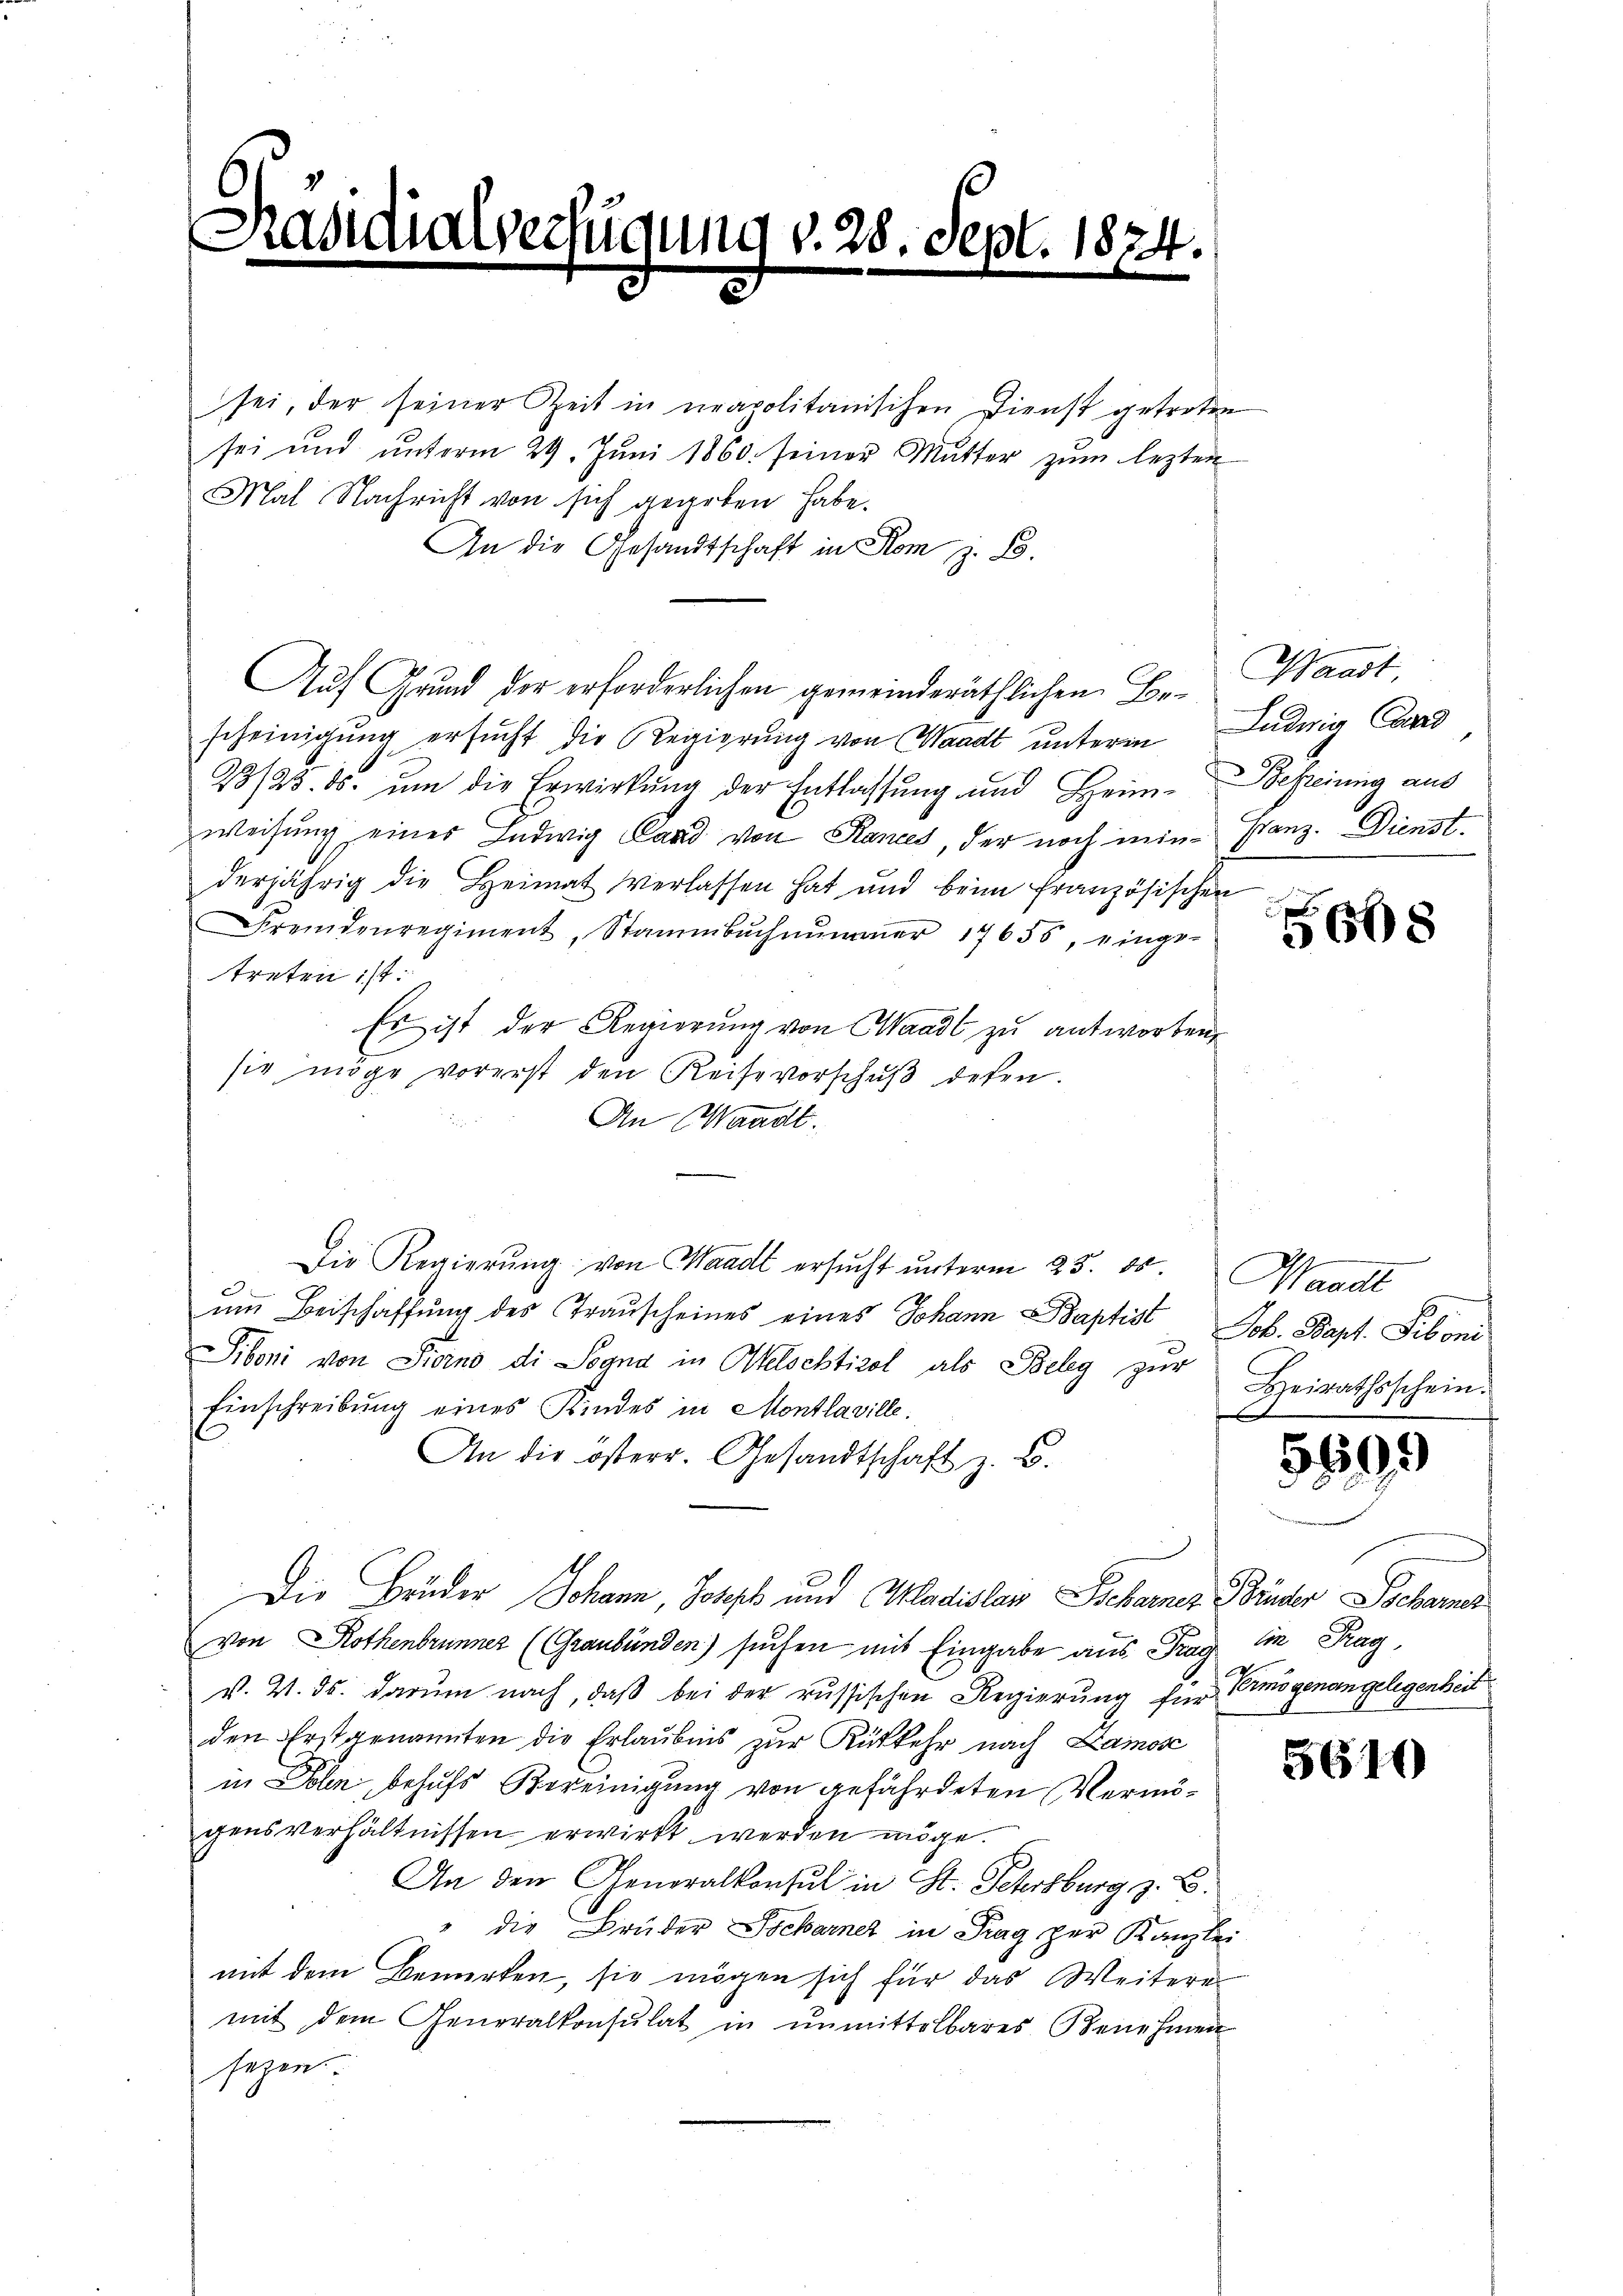
5

sei, der seiner Zeit in neapolitanischen Dienst getreten
sei und unterm 29. Juni 1860 seiner Mutter zum lezten
Mal Nachricht von sich gegeben habe.
An die Gesandtschaft in Rom z. B.
Auf Grund der erforderlichen gemeinderäthlichen Be- Waadt,
scheinigung ersucht die Regierung von Waadt unterm
23/23. ds. um die Erwirkung der Entlassung und Heim-
weisung eines Ludwig Land von Rances, der noch inin-Franz. Dienst
derjährig die Heimat verlassen hat und beim französischen
Fremdenregiment, Stammbŭchnŭnger 17655, einge-
treten ist.
Es ist der Regierŭng von Waadt zu antworten,
sie möge vorerst den Reise vorschŭβ defen.
An Waadt.
Die Regierŭng von Waadt ersŭcht ŭnterm 25. 85. Waadt
um Beischaffung des Trauscheines eines Johann Baptist
Siboni von Piorno di Sogna in Welschtirol als Beleg zŭr Heirathsschein.
Einschreibung eines Kindes in Montlaville.
An die österr. Gesandtschaft z. B.
Die Brüder Johann, Joseph und Mladislav Scharner Brüder Scharnes
von Rothenbrunner (Graubünden) suchen mit Eingabe aus Prag in Rag
v. V. ds. darum nach, daß bei der russischen Regierung für Einigenangelegenheit
den Erstgenannten die Erlaubnis zur Rükkehr nach Zamose
in Dolen, behufs Bereinigung von gefährdeten Vermögensverhältnissen erwirkt werden möge.
An den Generalkonsul in St. Petersburg z. B.
" die Brüder Scharner in Prag zur Kanzlei
mit dem Bemerken, sie mögen sich für das Weitere
mit dem Generalkonsulat in ŭnmittelbares Benehmen
sezen.

.20
e

Ludwig Cred
Befreiung aus

5668

Job. Bapt. Siboni

5599

5610